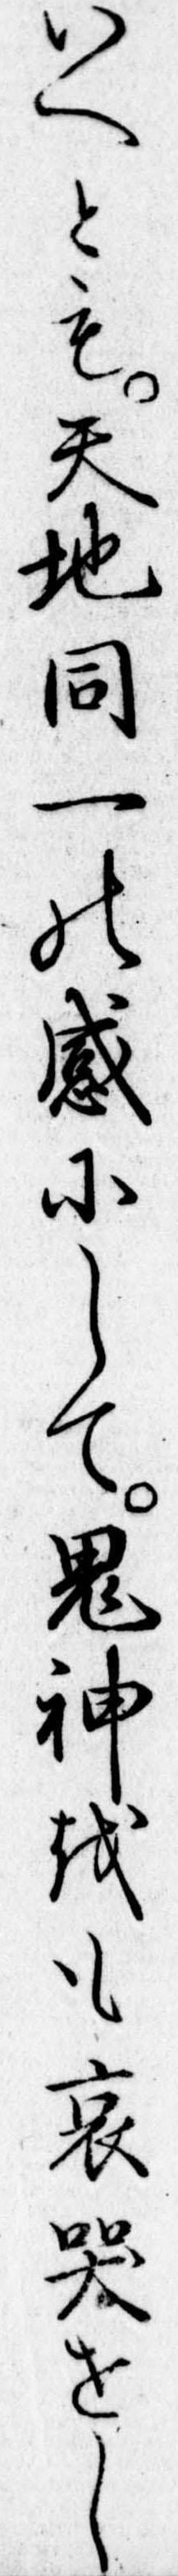
いへとも天地同一の感にして鬼神をも哀哭せし